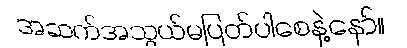
အဆက်အသွယ်မပြတ်ပါစေနဲ့နော်။